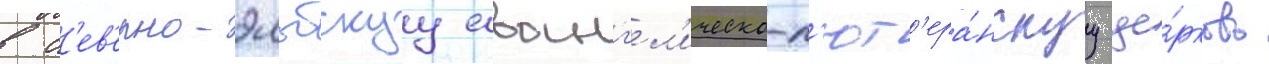
в с'ев'ерно-эльбскуу еванг'ел'ическо-л'ют'ера́нскуу це́рковь